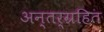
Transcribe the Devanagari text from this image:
अन्तर्ग्रहित